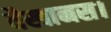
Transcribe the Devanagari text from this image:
वैखानस।